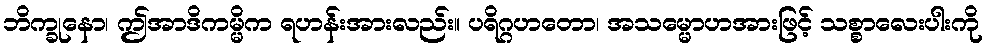
ဘိက္ခုနော၊ ဤအာဒိကမ္မိက ရဟန်းအားလည်း။ ပရိဂ္ဂဟတော၊ အသမ္မောဟအားဖြင့် သစ္စာလေးပါးကို